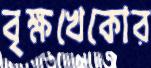
বৃক্ষখেকোর